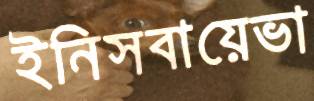
ইনিসবায়েভা